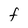
Character: F